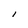
Character: l